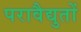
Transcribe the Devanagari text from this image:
परावैद्युतों